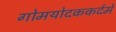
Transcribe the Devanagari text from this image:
गोमयोदककर्दमे